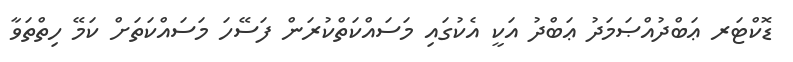
ޑޮކްޓަރ ޢަބްދުއްޞަމަދު ޢަބްދު އަކީ އެކުގައި މަސައްކަތްކުރަން ފަސޭހަ މަސައްކަތަށް ކަމޭ ހިތްތަވާ